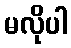
မလိုပါ